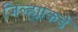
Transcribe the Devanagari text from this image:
जिल्ह्याकडे